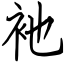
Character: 衪